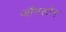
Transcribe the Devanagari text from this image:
जौनस्टेन